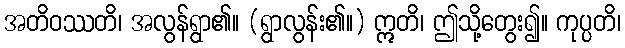
အတိဝဿတိ၊ အလွန်ရွာ၏။ (ရွာလွန်း၏။) ဣတိ၊ ဤသို့တွေး၍။ ကုပ္ပတိ၊